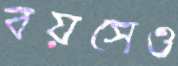
বয়সেও